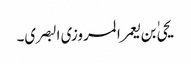
یحیٰ بن یعمر المروزی البصری۔